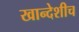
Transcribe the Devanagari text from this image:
खान्देशीच